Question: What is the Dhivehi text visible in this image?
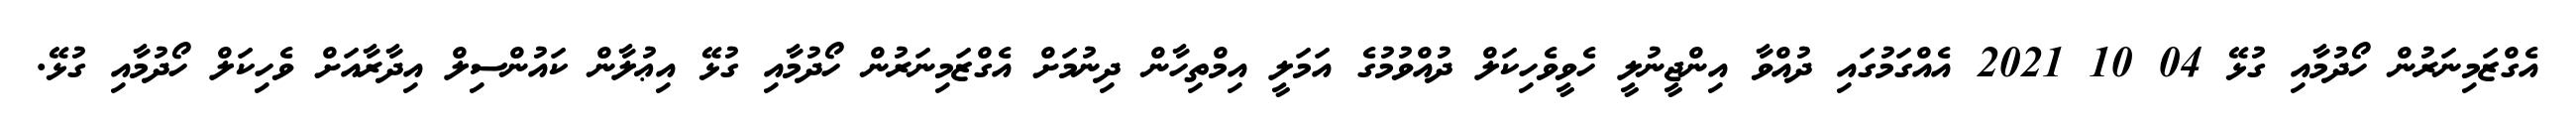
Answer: އެގްޒަމިނަރުން ހޯދުމާއި ގުޅޭ 04 10 2021 އެއްގަމުގައި ދުއްވާ އިންޖީނުލީ ހެވީވެހިކަލް ދުއްވުމުގެ އަމަލީ އިމްތިހާން ދިނުމަށް އެގްޒަމިނަރުން ހޯދުމާއި ގުޅޭ އިޢުލާން ކައުންސިލް އިދާރާއަށް ވެހިކަލް ހޯދުމާއި ގުޅޭ.